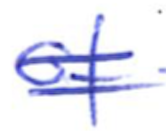
Text: of
Cross-out: double-line
Writing tool: ballpoint